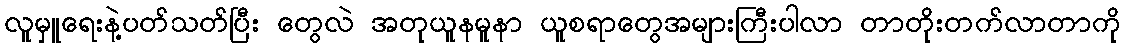
လူမှူရေးနဲ့ပတ်သတ်ပြီး တွေလဲ အတုယူနမူနာ ယူစရာတွေအများကြီးပါလာ တာတိုးတက်လာတာကို